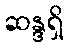
ဆန္ဒရှိ